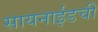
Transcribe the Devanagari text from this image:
सायनाईडची